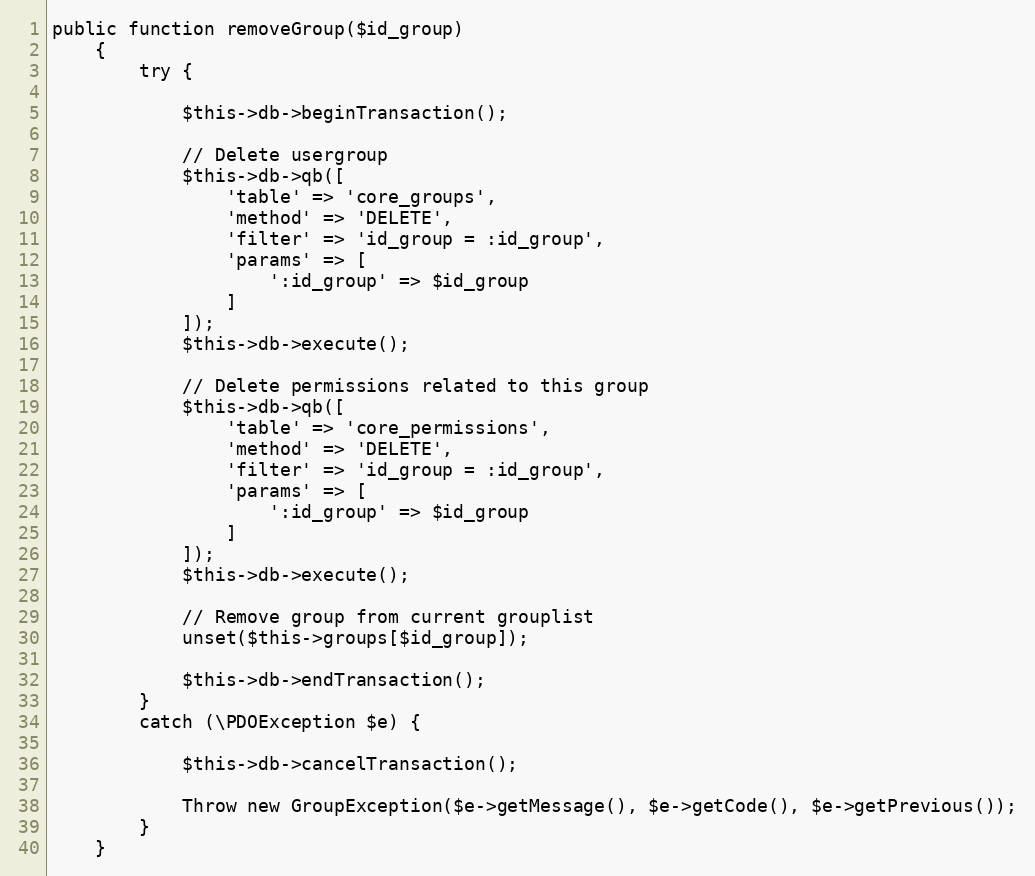
Language: PHP
public function removeGroup($id_group)
    {
        try {

            $this->db->beginTransaction();

            // Delete usergroup
            $this->db->qb([
                'table' => 'core_groups',
                'method' => 'DELETE',
                'filter' => 'id_group = :id_group',
                'params' => [
                    ':id_group' => $id_group
                ]
            ]);
            $this->db->execute();

            // Delete permissions related to this group
            $this->db->qb([
                'table' => 'core_permissions',
                'method' => 'DELETE',
                'filter' => 'id_group = :id_group',
                'params' => [
                    ':id_group' => $id_group
                ]
            ]);
            $this->db->execute();

            // Remove group from current grouplist
            unset($this->groups[$id_group]);

            $this->db->endTransaction();
        }
        catch (\PDOException $e) {

            $this->db->cancelTransaction();

            Throw new GroupException($e->getMessage(), $e->getCode(), $e->getPrevious());
        }
    }